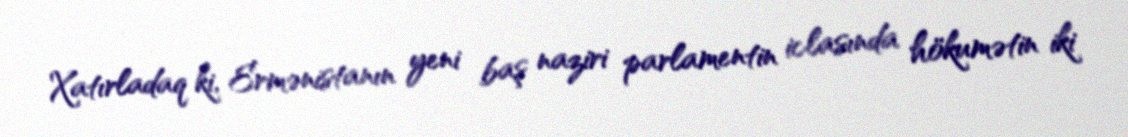
Xatırladaq ki, Ermənistanın yeni baş naziri parlamentin iclasında hökumətin iki